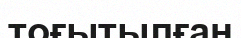
тоғытылған